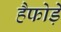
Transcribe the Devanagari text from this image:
हैफोड़े